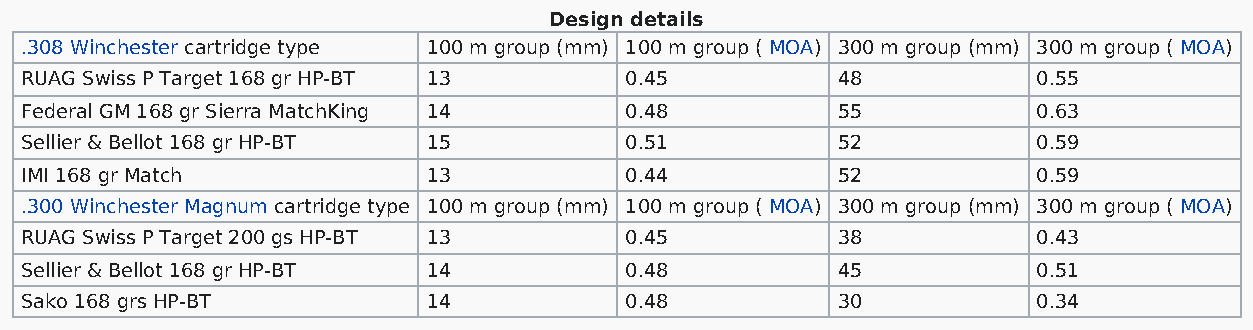
Design details
 .308 Winchester cartridge type 100 m group (mm) 100 m group ( MOA) 300 m group (mm) 300 m group ( MOA)
 RUAG Swiss P Target 168 gr HP-BT 13     0.45          48            0.55
 Federal GM 168 gr Sierra MatchKing 14   0.48          55            0.63
 Sellier & Bellot 168 gr HP-BT 15        0.51          52            0.59
 IMI 168 gr Match           13           0.44          52            0.59
 .300 Winchester Magnum cartridge type 100 m group (mm) 100 m group ( MOA) 300 m group (mm) 300 m group ( MOA)
 RUAG Swiss P Target 200 gs HP-BT 13     0.45          38            0.43
 Sellier & Bellot 168 gr HP-BT 14        0.48          45            0.51
 Sako 168 grs HP-BT         14           0.48          30            0.34